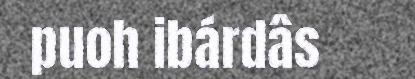
puoh ibárdâs